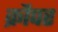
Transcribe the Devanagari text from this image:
क्रौपर